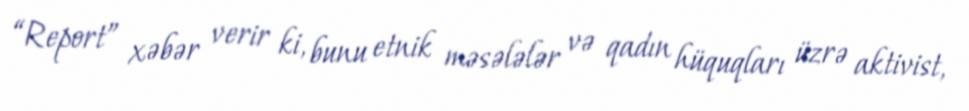
“Report” xəbər verir ki, bunu etnik məsələlər və qadın hüquqları üzrə aktivist,